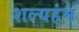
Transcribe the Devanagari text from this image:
शल्यहंस